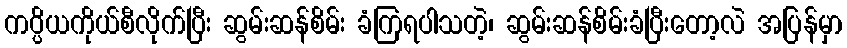
ကပ္ပိယကိုယ်စီလိုက်ပြီး ဆွမ်းဆန်စိမ်း ခံကြရပါသတဲ့၊ ဆွမ်းဆန်စိမ်းခံပြီးတော့လဲ အပြန်မှာ